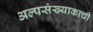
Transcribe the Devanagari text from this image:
अल्पसंख्याकाची